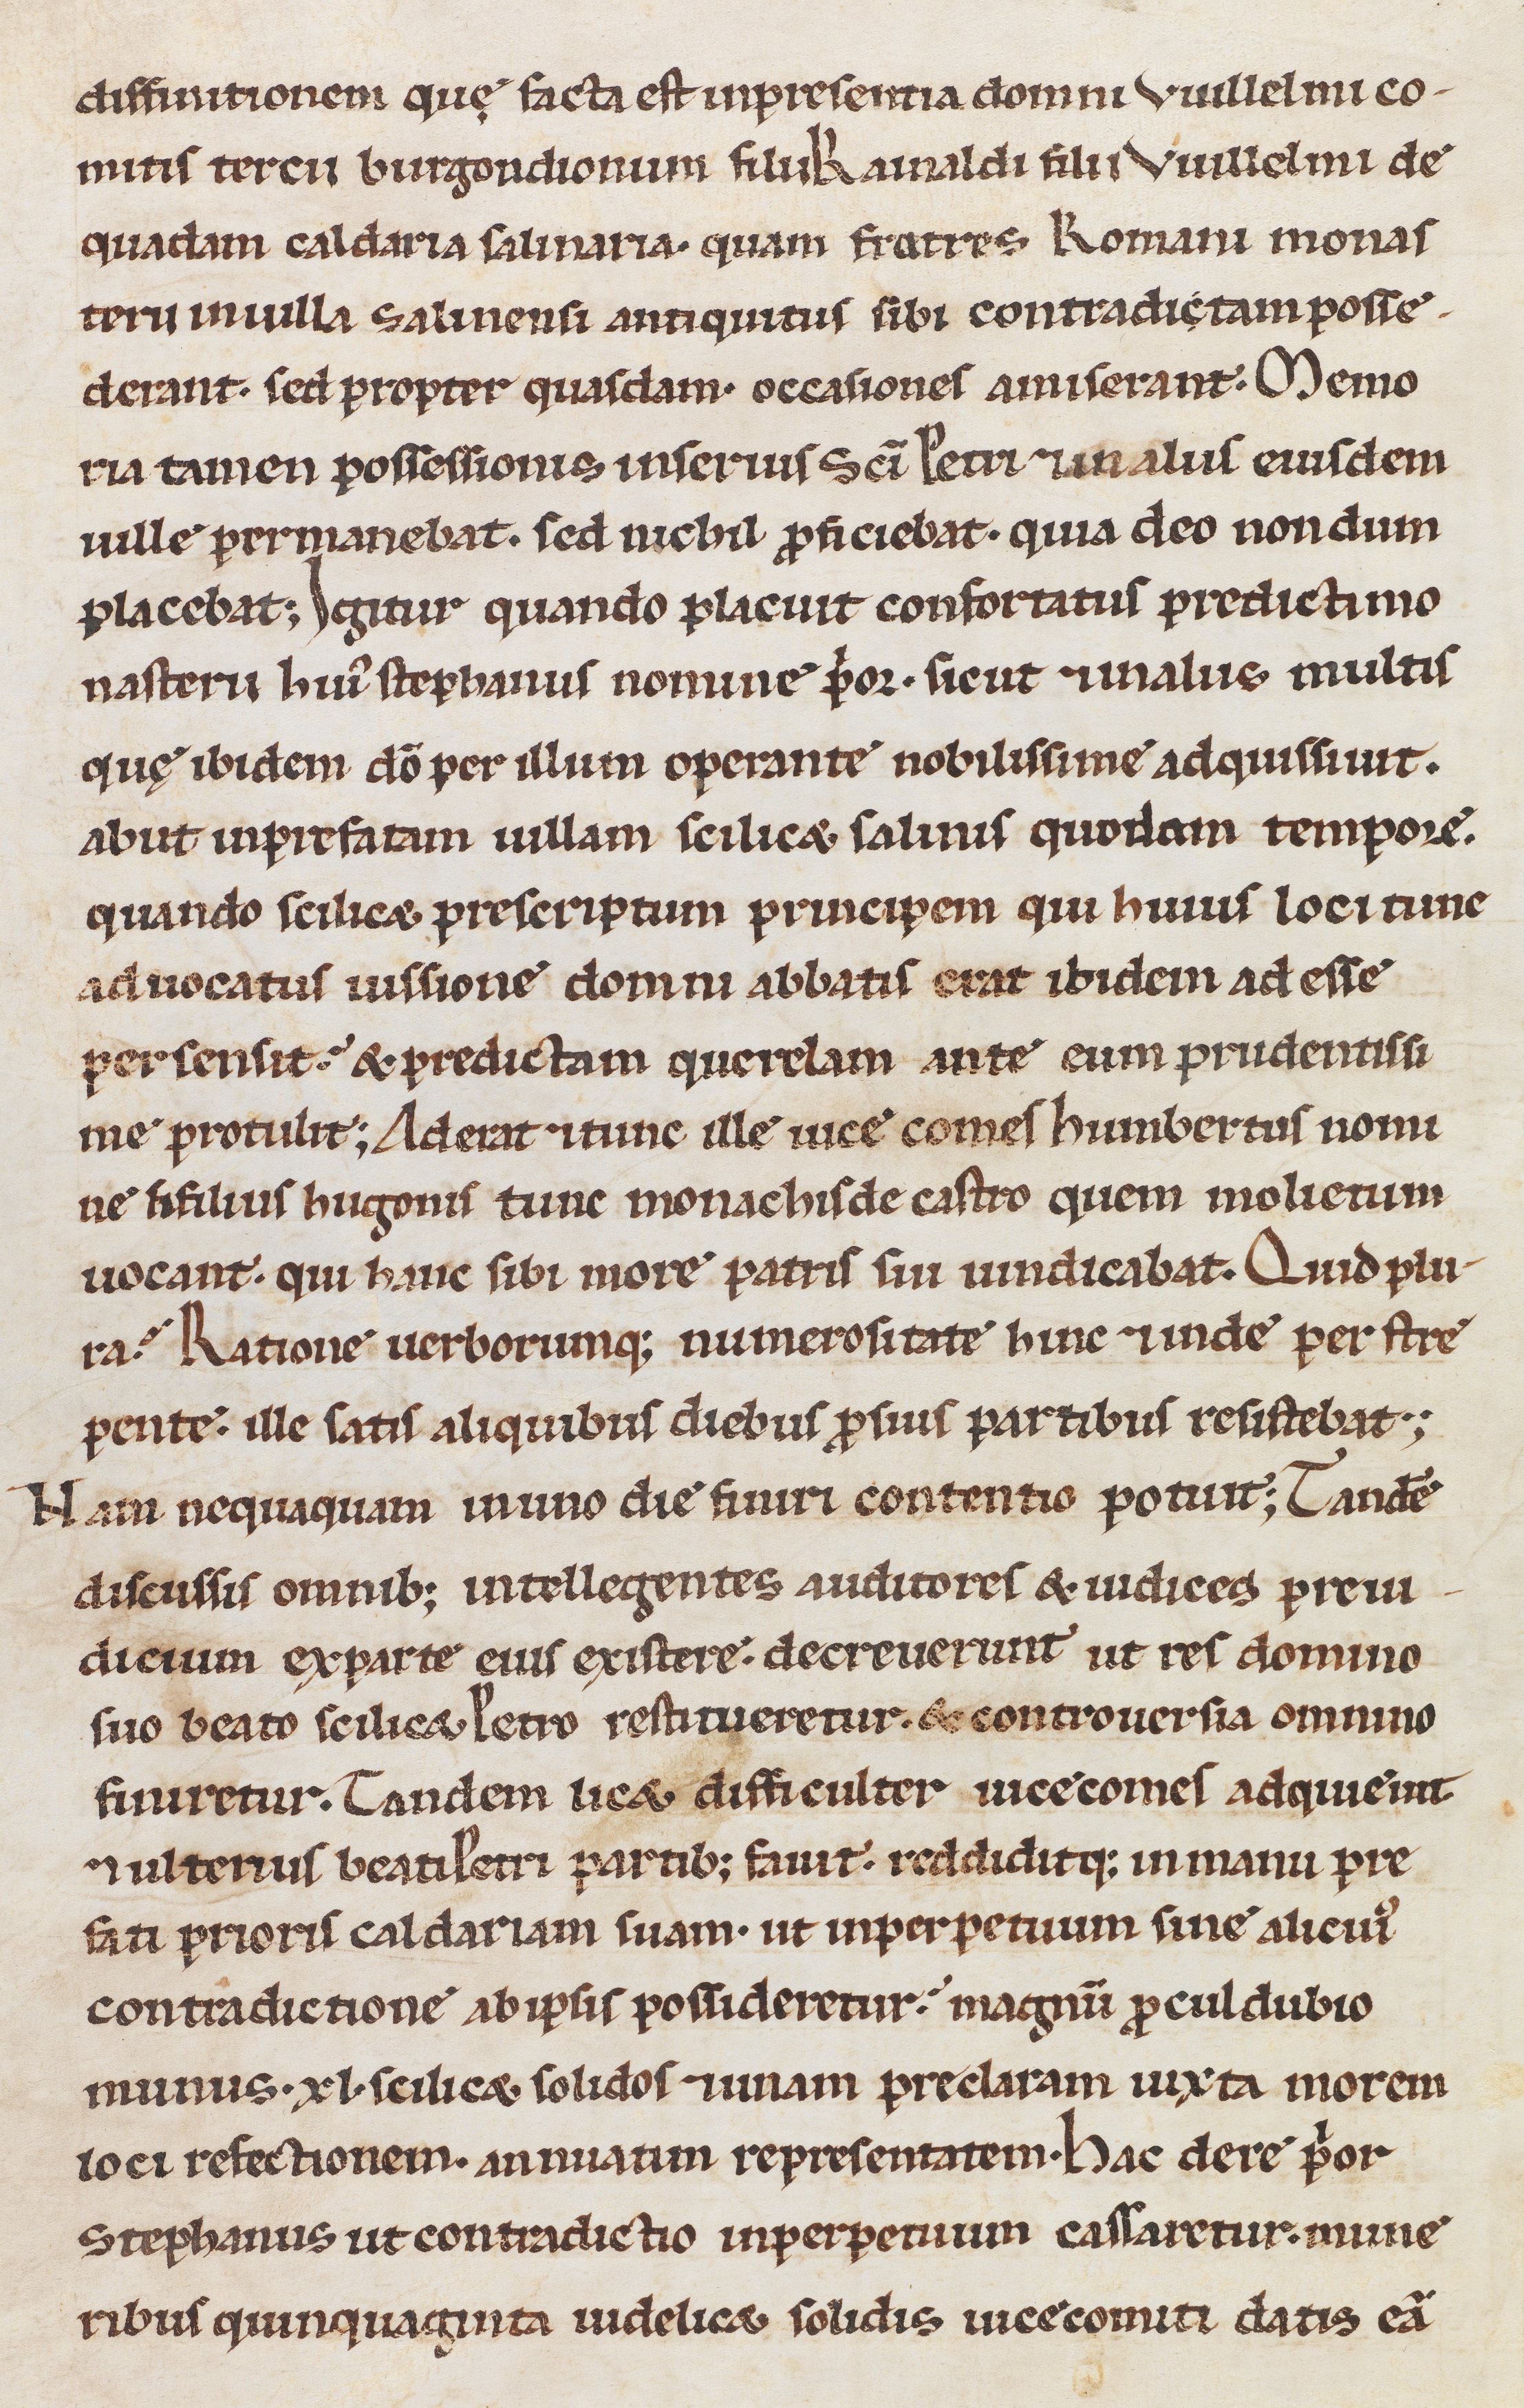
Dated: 1100–1315